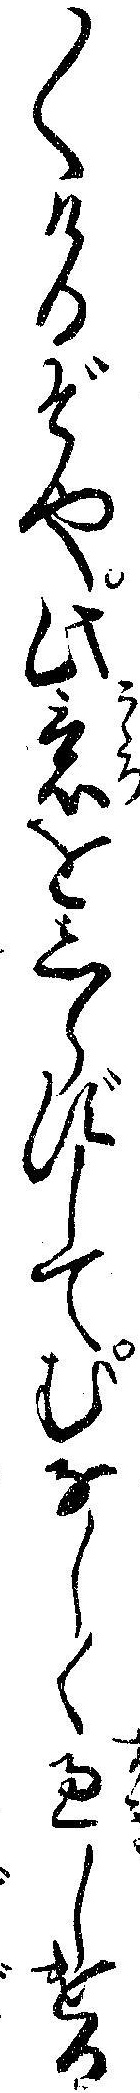
〱けるぞや此意をしらずしてむなしく過しける